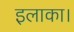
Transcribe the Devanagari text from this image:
इलाका।